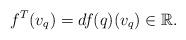
LaTeX: \begin{align*} f^{T}(v_q)=df(q)(v_q)\in \mathbb{R}.\end{align*}